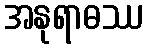
အနုရာဓဿ